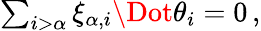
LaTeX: \begin{array}{r}{\sum_{i>\alpha}\xi_{\alpha,i}\Dot{\theta}_{i}=0\, ,}\end{array}